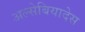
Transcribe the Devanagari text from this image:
अल्सेबियादेस